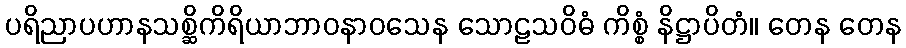
ပရိညာပဟာနသစ္ဆိကိရိယာဘာဝနာဝသေန သောဠသဝိဓံ ကိစ္စံ နိဋ္ဌာပိတံ။ တေန တေန